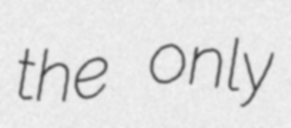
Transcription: the only